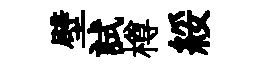
壁試樽綏